Vaccination in Burma 1889-1999 - 1889-1999
Year: 1889
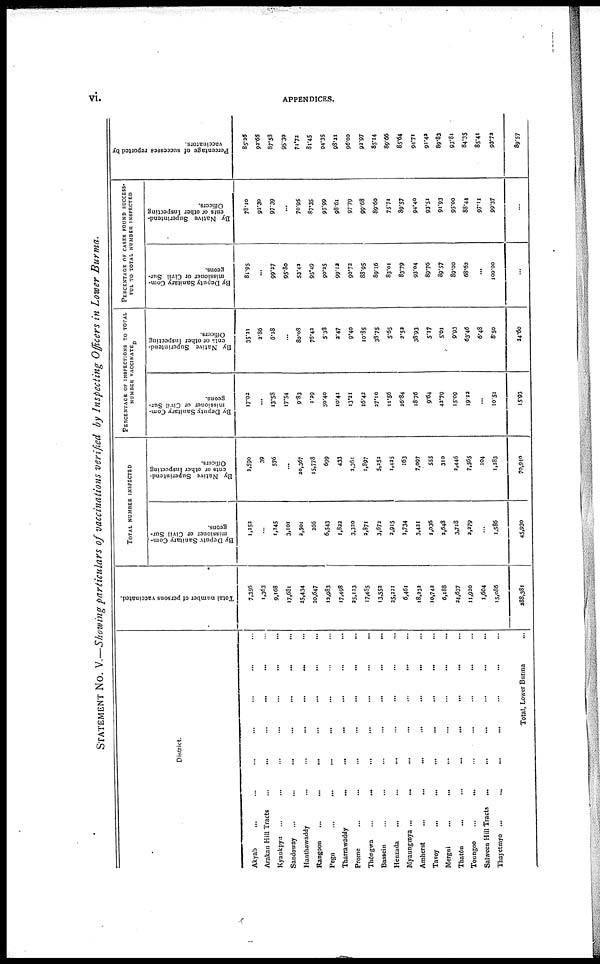
vi.
APPENDICES.
STATEMENT No. V.—Showing particulars of vaccinations verified by Inspecting Officers in Lower Burma.
District.
Akyab ... ... ... ... ... ... ... ...
Arakan Hill Tracts ... ... ... ... ... ... ...
Kyaukpyu ... ... ... ... ... ... ...
Sandoway ...
...
...
...
...
...
...
Hanthawaddy
...
...
...
...
...
Rangoon
...
...
...
...
...
... ...
Pegu ... ... ... ... ... ... ...
Tharrawaddy ... ... ... ... ... ...
Prome
...
...
...
...
...
...
...
Thôngwa
...
...
... ... ... ...
Bassein
...
...
...
...
... ... ...
...
Henzada
...
...
... ... ... ... ...
Myaungmya ...
...
...
...
...
...
Amherst
...
...
...
...
...
... ...
Tavoy
...
...
...
...
...
... ...
Mergui
...
... ... ... ... ... ...
Thatôn ... ... ... ... ... ... ...
Toungoo
...
...
...
...
...
... ...
Salween Hill Tracts ... ... ... ... ... ... ...
Thayetmyo ...
...
...
...
...
...
...
Total, Lower Burma ...
Total number of persons vaccinated.
7,356
1,363
9,168
17,681
25,434
20,647
12,983
17,498
25,123
17,485
13,552
25,221
6,461
18,232
10,742
6,188
24,637
11,920
1,604
15,086
388,381
TOTAL NUMBER INSPECTED
By Deputy Sanitary Com-
missioner or Civil Sur-
geons.
1,252
...
1,245
3,101
2,501
266
6,543
1,822
3,320
2,871
3,672
2,915
1,734
3,421
1,036
2,648
3,718
2,279
...
1,586
45,930
By Native Superintend-
ents or other Inspecting
Officers.
2,590
39
576
...
20,367
15,778
699
433
2,361
1,897
5,352
1,425
163
7,097
555
310
2,446
7,565
104
1,283
70,940
PERCENTAGE OF INSPECTIONS TO TOTAL
NUMBER VACCINATED
By Deputy Sanitary Com-
missioner or Civil Sur-
geons.
17.02
...
13.58
17.54
9.83
1.29
50.40
10.41
13.31
16.42
27.10
11.56
26.84
18.76
9.64
43.79
15.09
19.12
...
10.51
15.93
By Native Superintend-
ents or other Inspecting
Officers.
35.21
2.86
6.38
...
80.08
76.42
5.38
3.47
9.40
10.85
38.75
5.65
2.53
38.93
5.17
5.01
9.93
63.46
6.48
8.50
24.60
PERCENTAGE OF CASES FOUND SUCCESS-
FUL TO TOTAL NUMBER INSPECTED
By Deputy Sanitary Com-
missioner or Civil Sur-
geons.
81.95
...
99.37
95.80
53.43
95.49
90.25
99.12
90.72
88.95
89.16
83.01
83.79
93.04
89.76
89.57
89.00
68.62
...
100.00
...
By Native Superintend-
ents or other Inspecting
Officers.
78.10
92.30
97.39
...
70.95
87.35
95.99
98.61
97.79
99.68
89.60
75.71
89.57
94.40
93.51
91.93
95.00
88.44
97.11
99.37
...
Percentage of successes reported by
vaccinators.
85.26
92.66
87.58
95.30
71.72
81.45
94.35
98.21
96.00
92.97
85.14
89.66
85.64
94.71
91.42
89.83
93.81
84.35
85.41
93.72
89.57